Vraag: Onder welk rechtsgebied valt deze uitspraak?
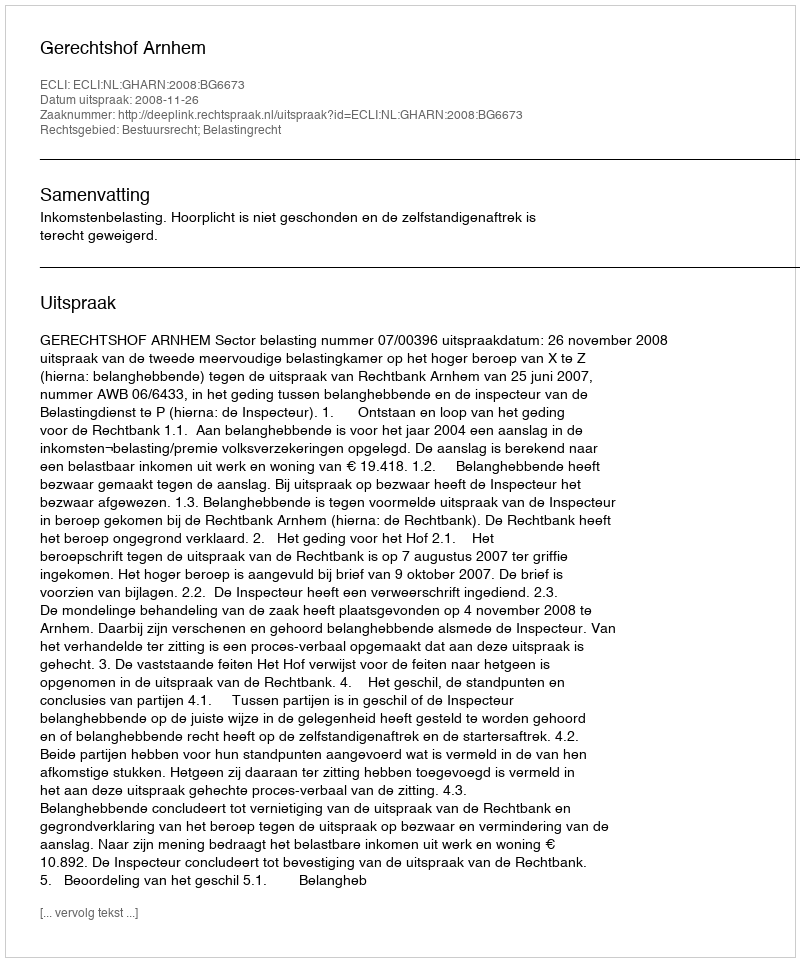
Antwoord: Bestuursrecht; Belastingrecht